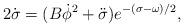
LaTeX: \begin{align*}2\dot\sigma=(B\dot\phi^2+\ddot\sigma)e^{-(\sigma-\omega)/2},\end{align*}